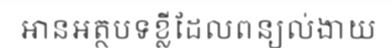
អានអត្ថបទខ្លីដែលពន្យល់ងាយ